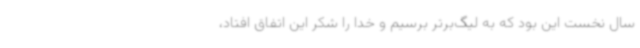
سال نخست این بود که به لیگ‌برتر برسیم و خدا را شکر این اتفاق افتاد،